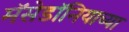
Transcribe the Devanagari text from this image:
मॅसेडॉनियाच्या